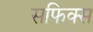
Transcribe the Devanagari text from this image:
सफिक्स